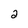
Character: 2